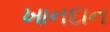
ખાનદાન